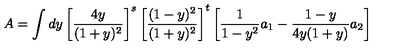
A = \int d y \left[ \frac { 4 y } { ( 1 + y ) ^ { 2 } } \right] ^ { s } \left[ \frac { ( 1 - y ) ^ { 2 } } { ( 1 + y ) ^ { 2 } } \right] ^ { t } \left[ \frac { 1 } { 1 - y ^ { 2 } } a _ { 1 } - \frac { 1 - y } { 4 y ( 1 + y ) } a _ { 2 } \right]